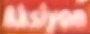
Akslyon